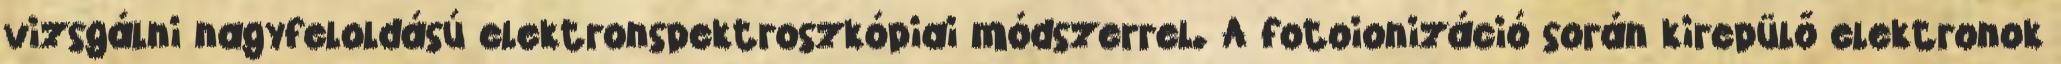
vizsgálni nagyfeloldású elektronspektroszkópiai módszerrel. A fotoionizáció során kirepülő elektronok